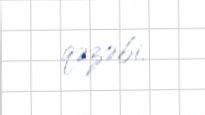
qəzəbi.